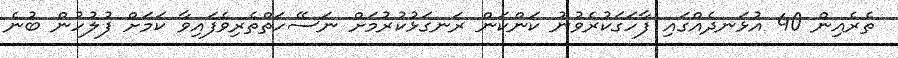
ތެރެއިން 40 އުޅަނދެއްގައި ފާހަގަކުރެވުނު ކަންކަން ރަނގަޅުކުރުމަށް ނަސޭހަތްތެރިވެފައިވާ ކަމަށް ފުލުހުން ބުނެ